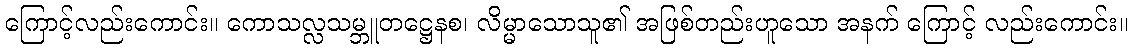
ကြောင့်လည်းကောင်း။ ကောသလ္လသမ္ဘူတဋ္ဌေနစ၊ လိမ္မာသောသူ၏ အဖြစ်တည်းဟူသော အနက် ကြောင့် လည်းကောင်း။